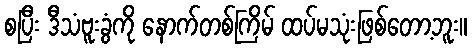
စပြီး ဒီသံဗူးခွံကို နောက်တစ်ကြိမ် ထပ်မသုံးဖြစ်တော့ဘူး။